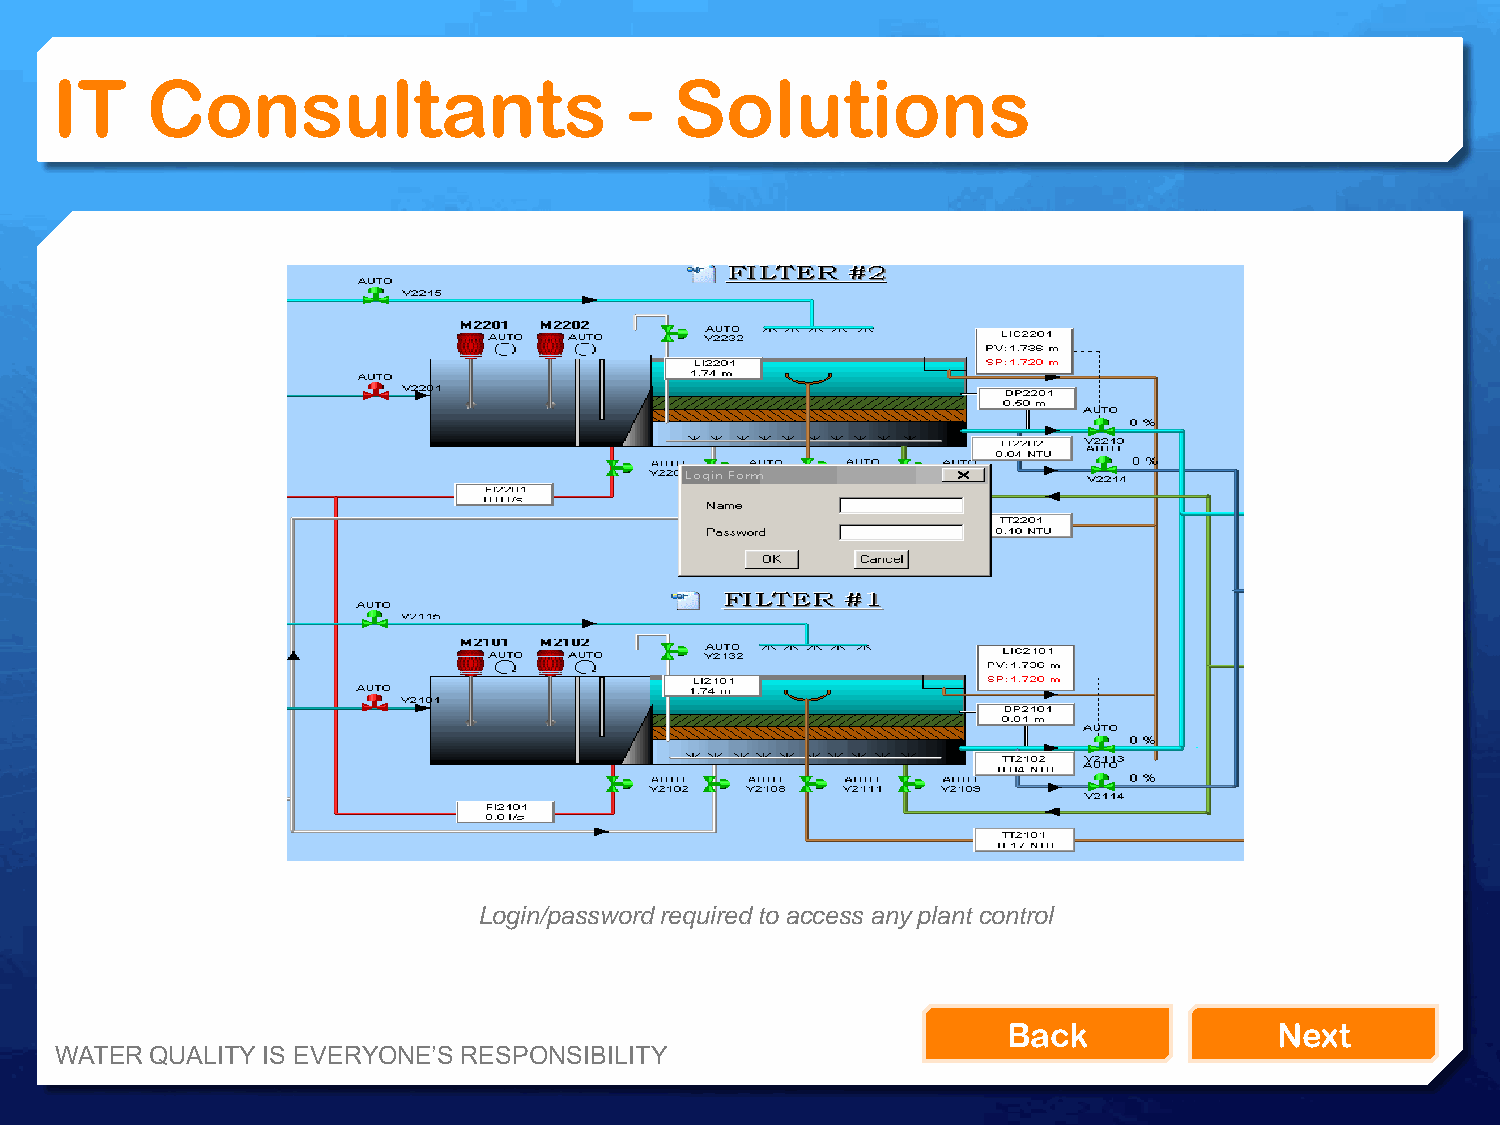
IT     Consultants                     -  Solutions
 Login/password required to access any plant control
 Back              Next
 WATER QUALITY IS EVERYONE’S RESPONSIBILITY